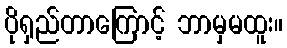
ပိုရှည်တာကြောင့် ဘာမှမထူး။